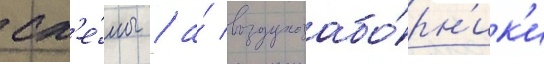
сх'е́мы / а́ воздухозабо́рн'ик'и